Civil Veterinary Dept. North-West Frontier Province 1901-22 - 1901-1922
Year: 1901
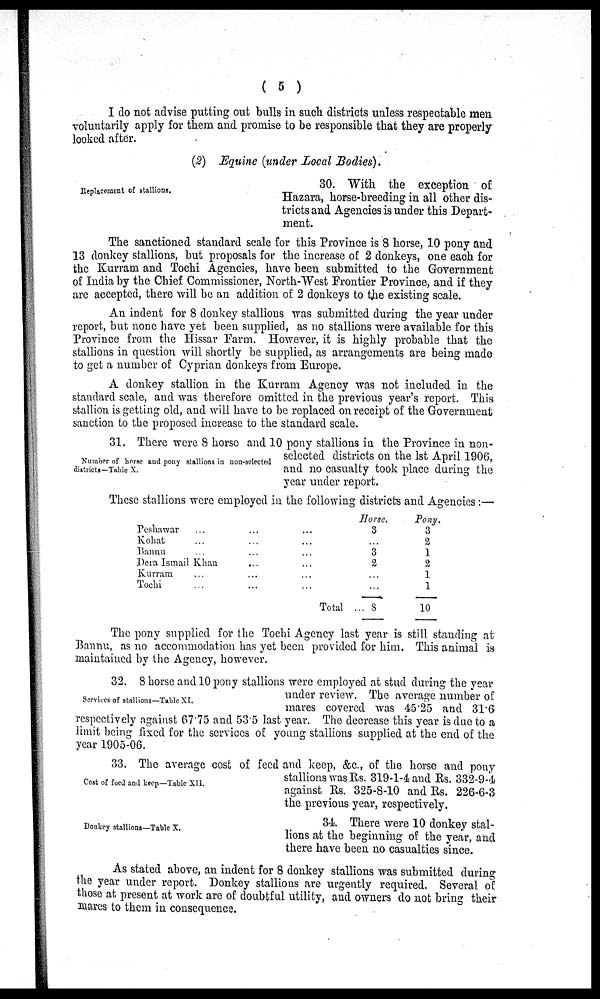
(5)
I do not advise putting out bulls in such districts unless respectable men
voluntarily apply for them and promise to be responsible that they are properly
looked after.
(2) Equine (under Local Bodies).
Replacement of stallions.
30. With the exception of
Hazara, horse-breeding in all other dis-
tricts and Agencies is under this Depart-
ment.
The sanctioned standard scale for this Province is 8 horse, 10 pony and
13 donkey stallions, but proposals for the increase of 2 donkeys, one each for
the Kurram and Tochi Agencies, have been submitted to the Government
of India by the Chief Commissioner, North-West Frontier Province, and if they
are accepted, there will be an addition of 2 donkeys to the existing scale.
An indent for 8 donkey stallions was submitted during the year under
report, but none have yet been supplied, as no stallions were available for this
Province from the Hissar Farm. However, it is highly probable that the
stallions in question will shortly be supplied, as arrangements are being made
to get a number of Cyprian donkeys from Europe.
A donkey stallion in the Kurram Agency was not included in the
standard scale, and was therefore omitted in the previous year's report. This
stallion is getting old, and will have to be replaced on receipt of the Government
sanction to the proposed increase to the standard scale.
Number of horse and pony stallions in non-selected
districts—Table X.
31. There were 8 horse and 10 pony stallions in the Province in non-
selected districts on the 1st April 1906,
and no casualty took place during the
year under report.
These stallions were employed in the following districts and Agencies:—
Peshawar
Kohat ...
Bannu ...
Dera Ismail Khan
Kurram ...
Tochi ...
...
...
...
...
...
...
...
...
...
...
...
Total
Horse.
3
...
3
2
...
...
—
... 3
Pony.
3
2
1
2
1
1
—
10
The pony supplied for the Tochi Agency last year is still standing at
Bannu, as no accommodation has yet been provided for him. This animal is
maintained by the Agency, however.
Services of stallions—Table XI.
32. 8 horse and 10 pony stallions were employed at stud during the year
under review. The average number of
mares covered was 45.25 and 31.6
respectively against 67.75 and 53.5 last year. The decrease this year is due to a
limit being fixed for the services of young stallions supplied at the end of the
year 1905-06.
Cost of feed and keep—Table XII.
33. The average cost of feed and keep, &c., of the horse and pony
stallions was Rs. 319-1-4 and Rs. 332-9-4
against Rs. 325-8-10 and Rs. 226-6-3
the previous year, respectively.
Donkey stallions—Table X.
34. There were 10 donkey stal-
lions at the beginning of the year, and
there have been no casualties since.
As stated above, an indent for 8 donkey stallions was submitted during
the year under report. Donkey stallions are urgently required. Several of
those at present at work are of doubtful utility, and owners do not bring their
mares to them in consequence.